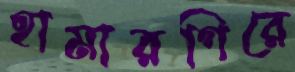
হামারগিরে